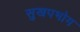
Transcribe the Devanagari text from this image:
सुखपभोग